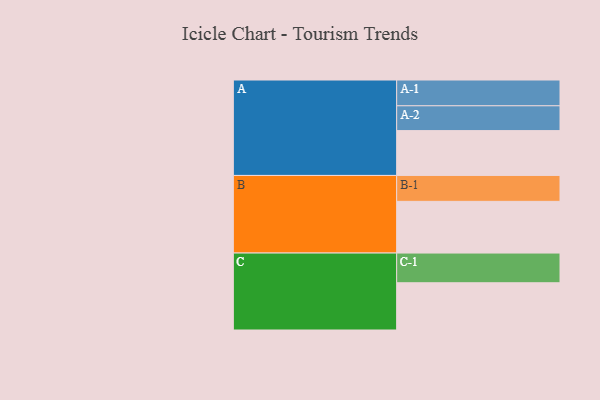
{"axis": {"x": "Segment", "y": "Value"}, "legend": ["", "A", "B", "C"], "data": [{"x": "A", "y": 412, "type": ""}, {"x": "B", "y": 475, "type": ""}, {"x": "C", "y": 434, "type": ""}, {"x": "A-1", "y": 237, "type": "A"}, {"x": "A-2", "y": 228, "type": "A"}, {"x": "B-1", "y": 238, "type": "B"}, {"x": "C-1", "y": 273, "type": "C"}]}